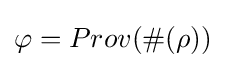
\varphi =Prov(\#(\rho ))